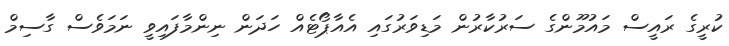
ކުރީގެ ރައީސް މައުމޫންގެ ސަރުކާރުން މަޑިވަރުގައި އެއާޕޯޓެއް ހަދަން ނިންމާފައިވީ ނަމަވެސް ގާސިމް